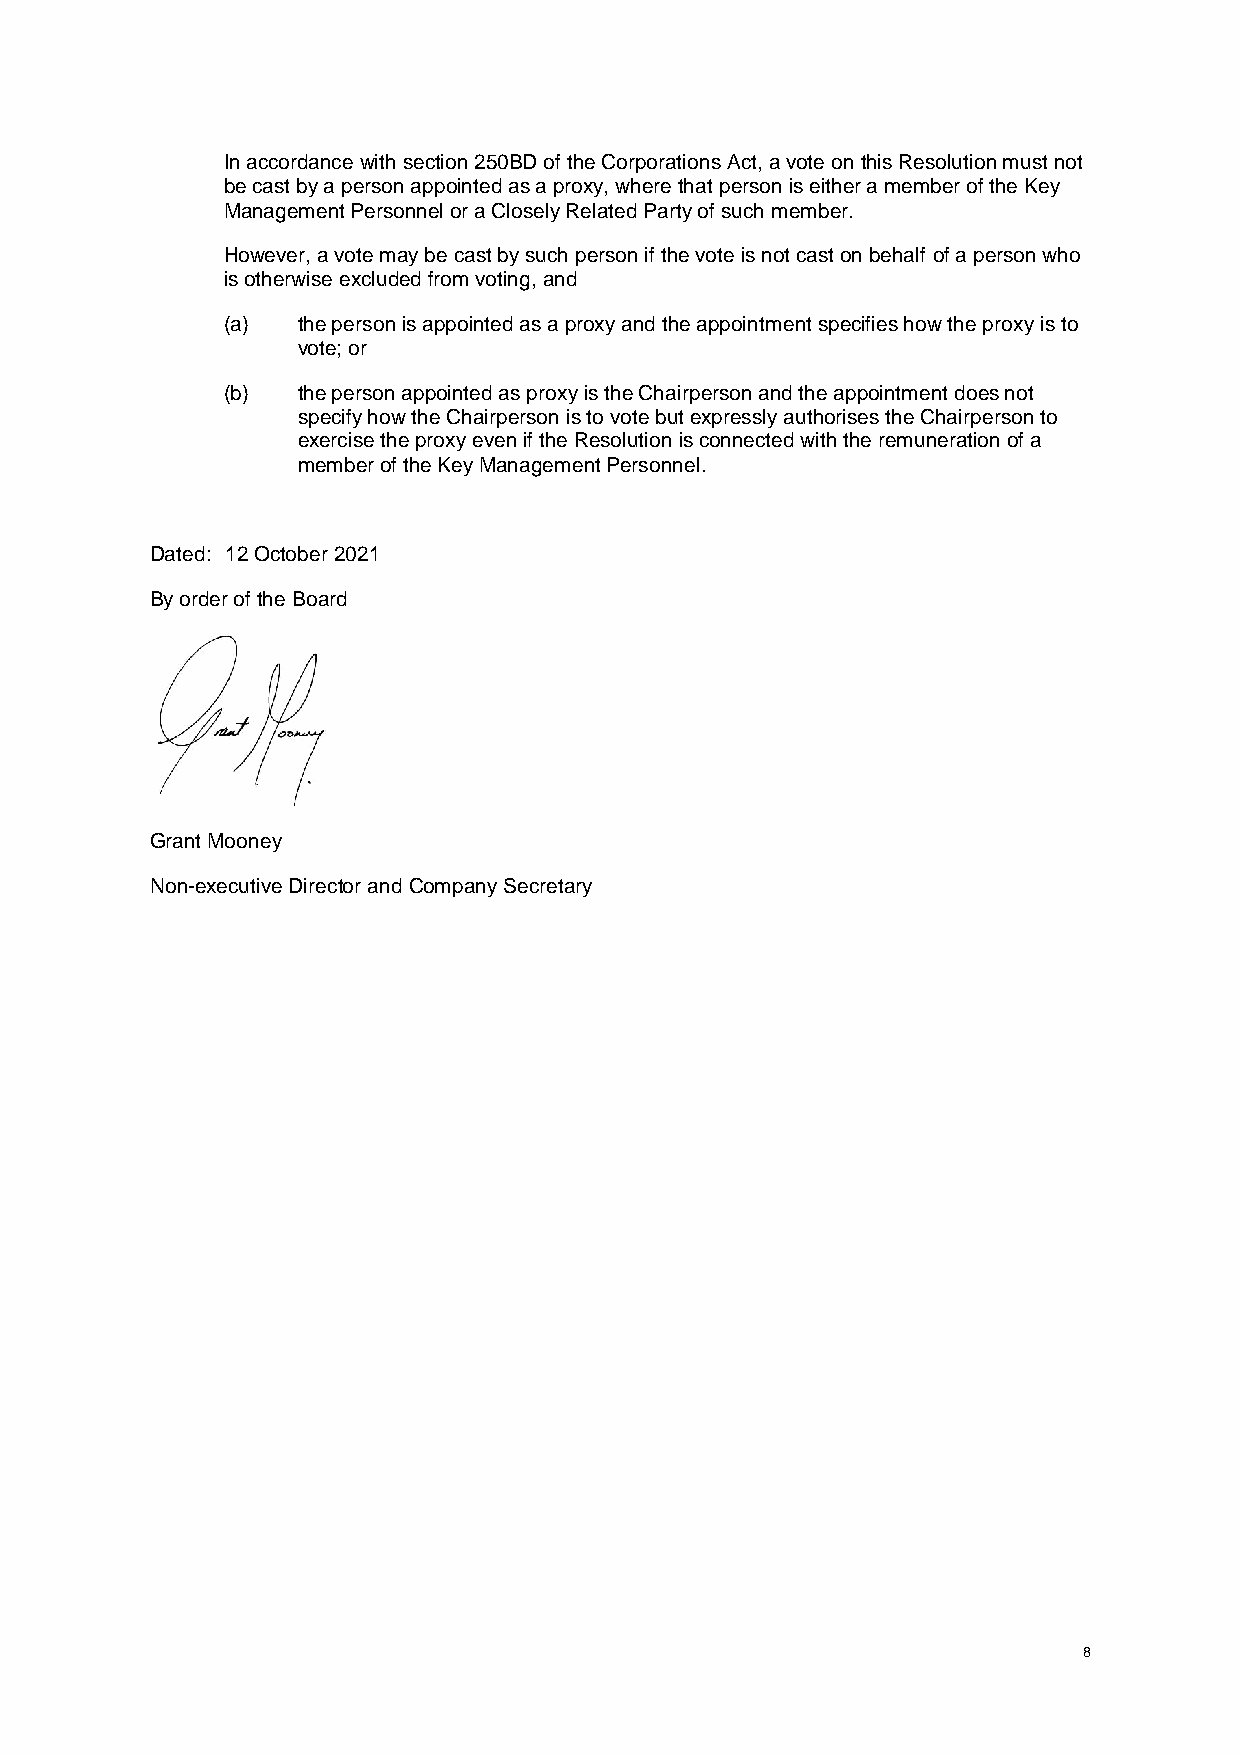
In accordance with section 250BD of the Corporations Act, a vote on this Resolution must not
 be cast by a person appointed as a proxy, where that person is either a member of the Key
 Management Personnel or a Closely Related Party of such member.
 However, a vote may be cast by such person if the vote is not cast on behalf of a person who
 is otherwise excluded from voting, and
 (a)  the person is appointed as a proxy and the appointment specifies how the proxy is to
 vote; or
 (b)  the person appointed as proxy is the Chairperson and the appointment does not
 specify how the Chairperson is to vote but expressly authorises the Chairperson to
 exercise the proxy even if the Resolution is connected with the remuneration of a
 member of the Key Management Personnel.
 Dated: 12 October 2021
 By order of the Board
 Grant Mooney
 Non-executive Director and Company Secretary
 8